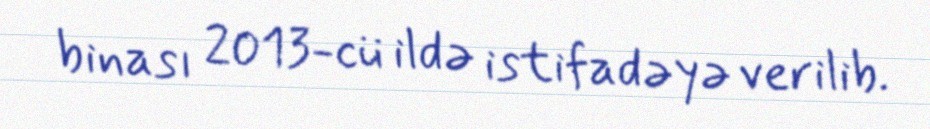
binası 2013-cü ildə istifadəyə verilib.